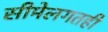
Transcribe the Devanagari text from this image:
सीमेलगतही